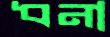
ধনা